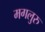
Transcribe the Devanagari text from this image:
मगलुरु